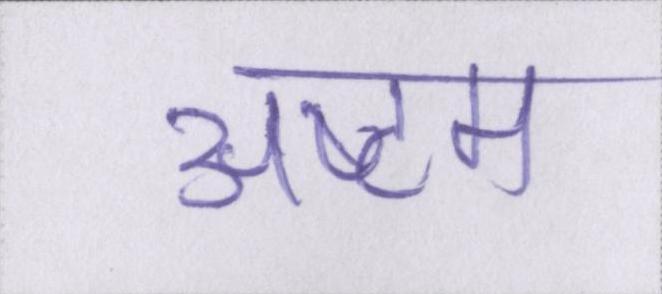
अष्टम